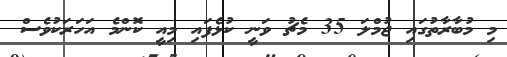
މި މުބާރާތުގައި ޖުމްލަ 35 މެޗު ވަނީ ކުޅެފައި މިއީ ކޮންމެ އަހަރަކުވެސް